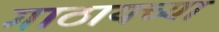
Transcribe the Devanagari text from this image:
गाठायच्या